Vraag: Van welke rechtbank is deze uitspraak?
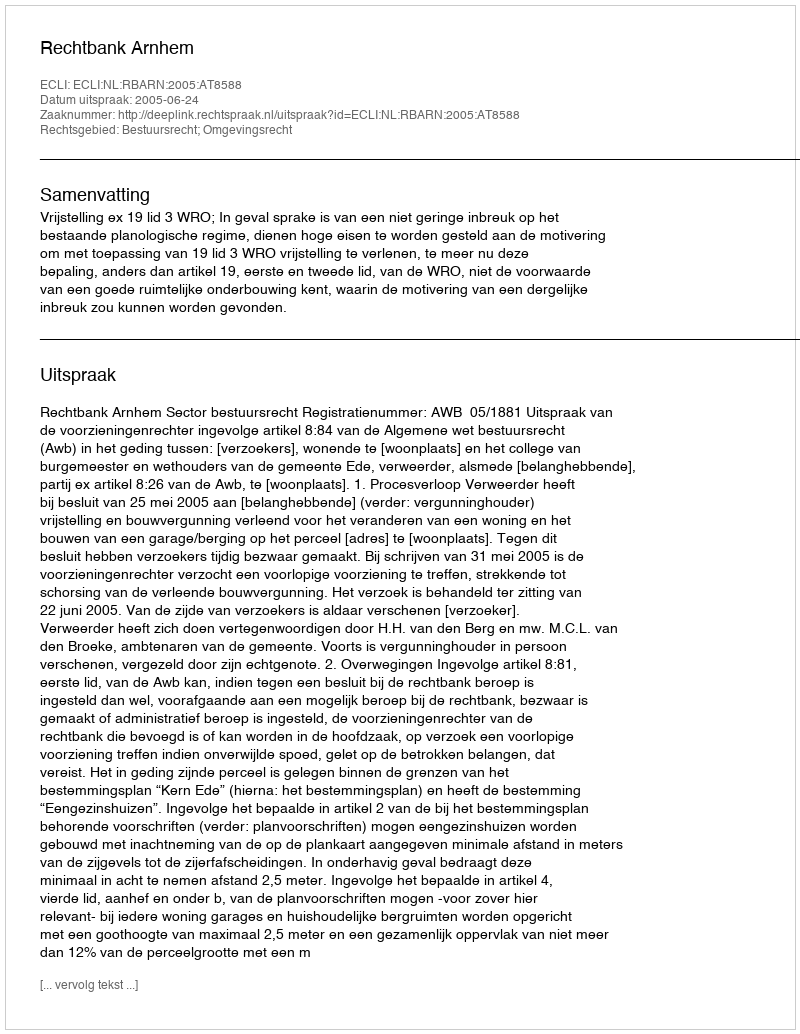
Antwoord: Rechtbank Arnhem